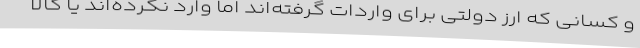
و کسانی که ارز دولتی برای واردات گرفته‌اند اما وارد نکرده‌اند یا کالا